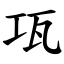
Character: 瓨